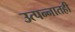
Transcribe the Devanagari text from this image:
उत्पन्नातही